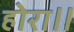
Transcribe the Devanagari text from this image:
होरा॥